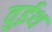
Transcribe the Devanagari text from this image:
वुईथ